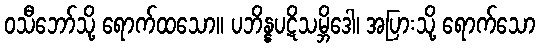
ဝသီဘော်သို့ ရောက်ထသော။ ပဘိန္နပဋိသမ္ဘိဒေါ၊ အပြားသို့ ရောက်သော